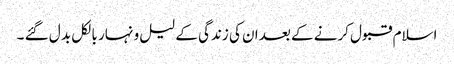
اسلام قبول کرنے کے بعد ان کی زندگی کے لیل و نہار بالکل بد ل گئے ۔